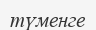
түменге